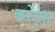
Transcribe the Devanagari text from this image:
कर्रेंट्स